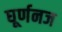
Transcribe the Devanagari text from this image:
घूर्णनज